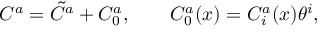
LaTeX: C ^ { a } = \tilde { C } ^ { a } + C _ { 0 } ^ { a } , \quad \quad C _ { 0 } ^ { a } ( x ) = C _ { i } ^ { a } ( x ) \theta ^ { i } ,